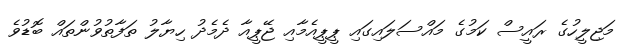
މަޖިލީހުގެ ރައީސް ކަމުގެ މައްސަލައިގައި ޕީޕީއެމާއި ޖޭޕީއާ ދެމެދު ހިޔާލު ތަފާތުވުންތައް ބޮޑުވެ